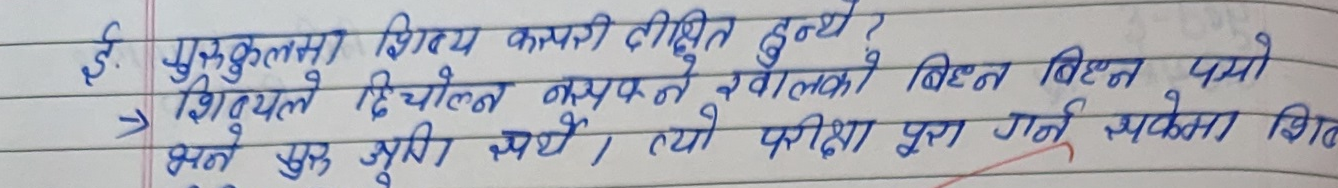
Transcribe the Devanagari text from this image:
ई. गुरुकुलमा शिष्य कसरी दीक्षित हुन्थ्यो ?
→ शिष्यले हिचोल्न नसक्ने हेंवालको बिछन बिछन पमो
भन्ने सुरु भुरु भयो । त्यो परीक्षा पुरा गर्न सकेमा शिष्य